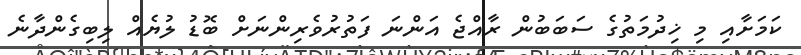
ކަމަށާއި މި ޚިދުމަތުގެ ސަބަބުން ރާއްޖެ އަންނަ ފަތުރުވެރިންނަށް ބޮޑު ލުޔެއް ލިބިގެންދާނެ